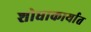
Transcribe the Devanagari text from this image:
शोधाकार्यात